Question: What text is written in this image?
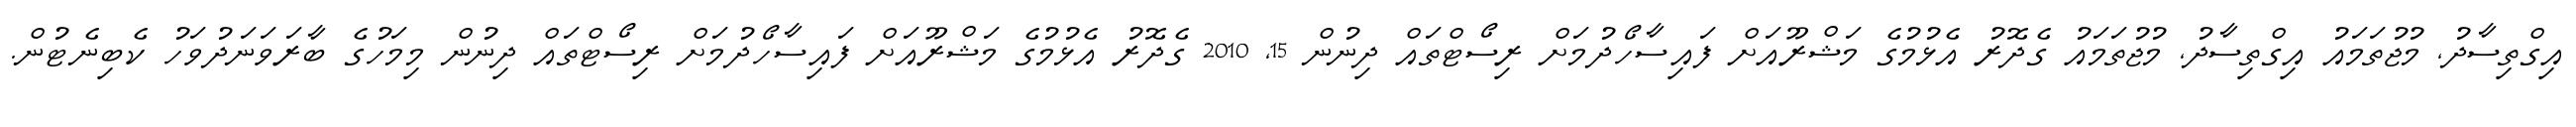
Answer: އިގްތިސާދު, މުޖުތަމައު އިގްތިސާދު, މުޖުތަމައު ގެދޮރު އެޅުމުގެ މަޝްރޫއަށް ފައިސާހޯދުމަށް ރިސޯޓްތައް ދިނުން 15, 2010 ގެދޮރު އެޅުމުގެ މަޝްރޫއަށް ފައިސާހޯދުމަށް ރިސޯޓްތައް ދިނުން މިމަހުގެ ބާރަވަނަދުވަހު ކެބިނެޓުން.